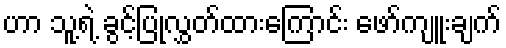
ဟာ သူ့ရဲ့ ခွင့်ပြုလွှတ်ထားကြောင်း ဖော်ကျူးချက်